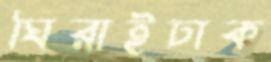
ঘিরাইঢাক